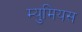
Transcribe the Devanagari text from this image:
म्युमियस